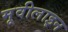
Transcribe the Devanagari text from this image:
मूवीलाइन